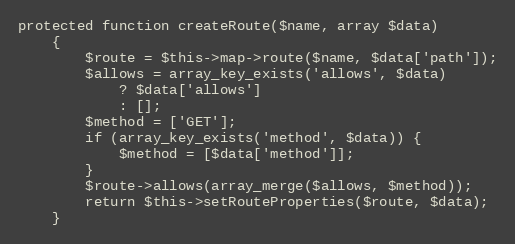
Language: PHP
protected function createRoute($name, array $data)
    {
        $route = $this->map->route($name, $data['path']);
        $allows = array_key_exists('allows', $data)
            ? $data['allows']
            : [];
        $method = ['GET'];
        if (array_key_exists('method', $data)) {
            $method = [$data['method']];
        }
        $route->allows(array_merge($allows, $method));
        return $this->setRouteProperties($route, $data);
    }